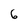
Character: 6